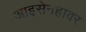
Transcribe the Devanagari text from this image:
आइसेनहावर